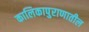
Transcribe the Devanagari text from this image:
कालिकापुराणातील